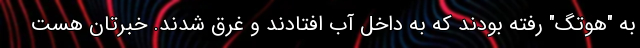
به "هوتگ" رفته بودند که به داخل آب افتادند و غرق شدند. خبرتان هست